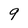
Character: 9